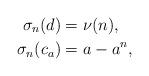
LaTeX: \begin{align*} \sigma_n(d) &= \nu(n),\\ \sigma_n(c_a) &= a-a^n,\end{align*}